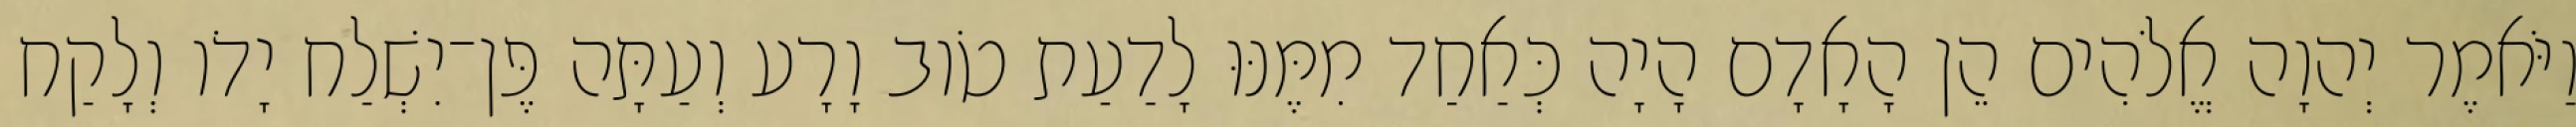
וַיֹּאמֶר יְהוָה אֱלֹהִים הֵן הָאָדָם הָיָה כְּאַחַד מִמֶּנּוּ לָדַעַת טֹוב וָרָע וְעַתָּה פֶּן־יִשְׁלַח יָדֹו וְלָקַח